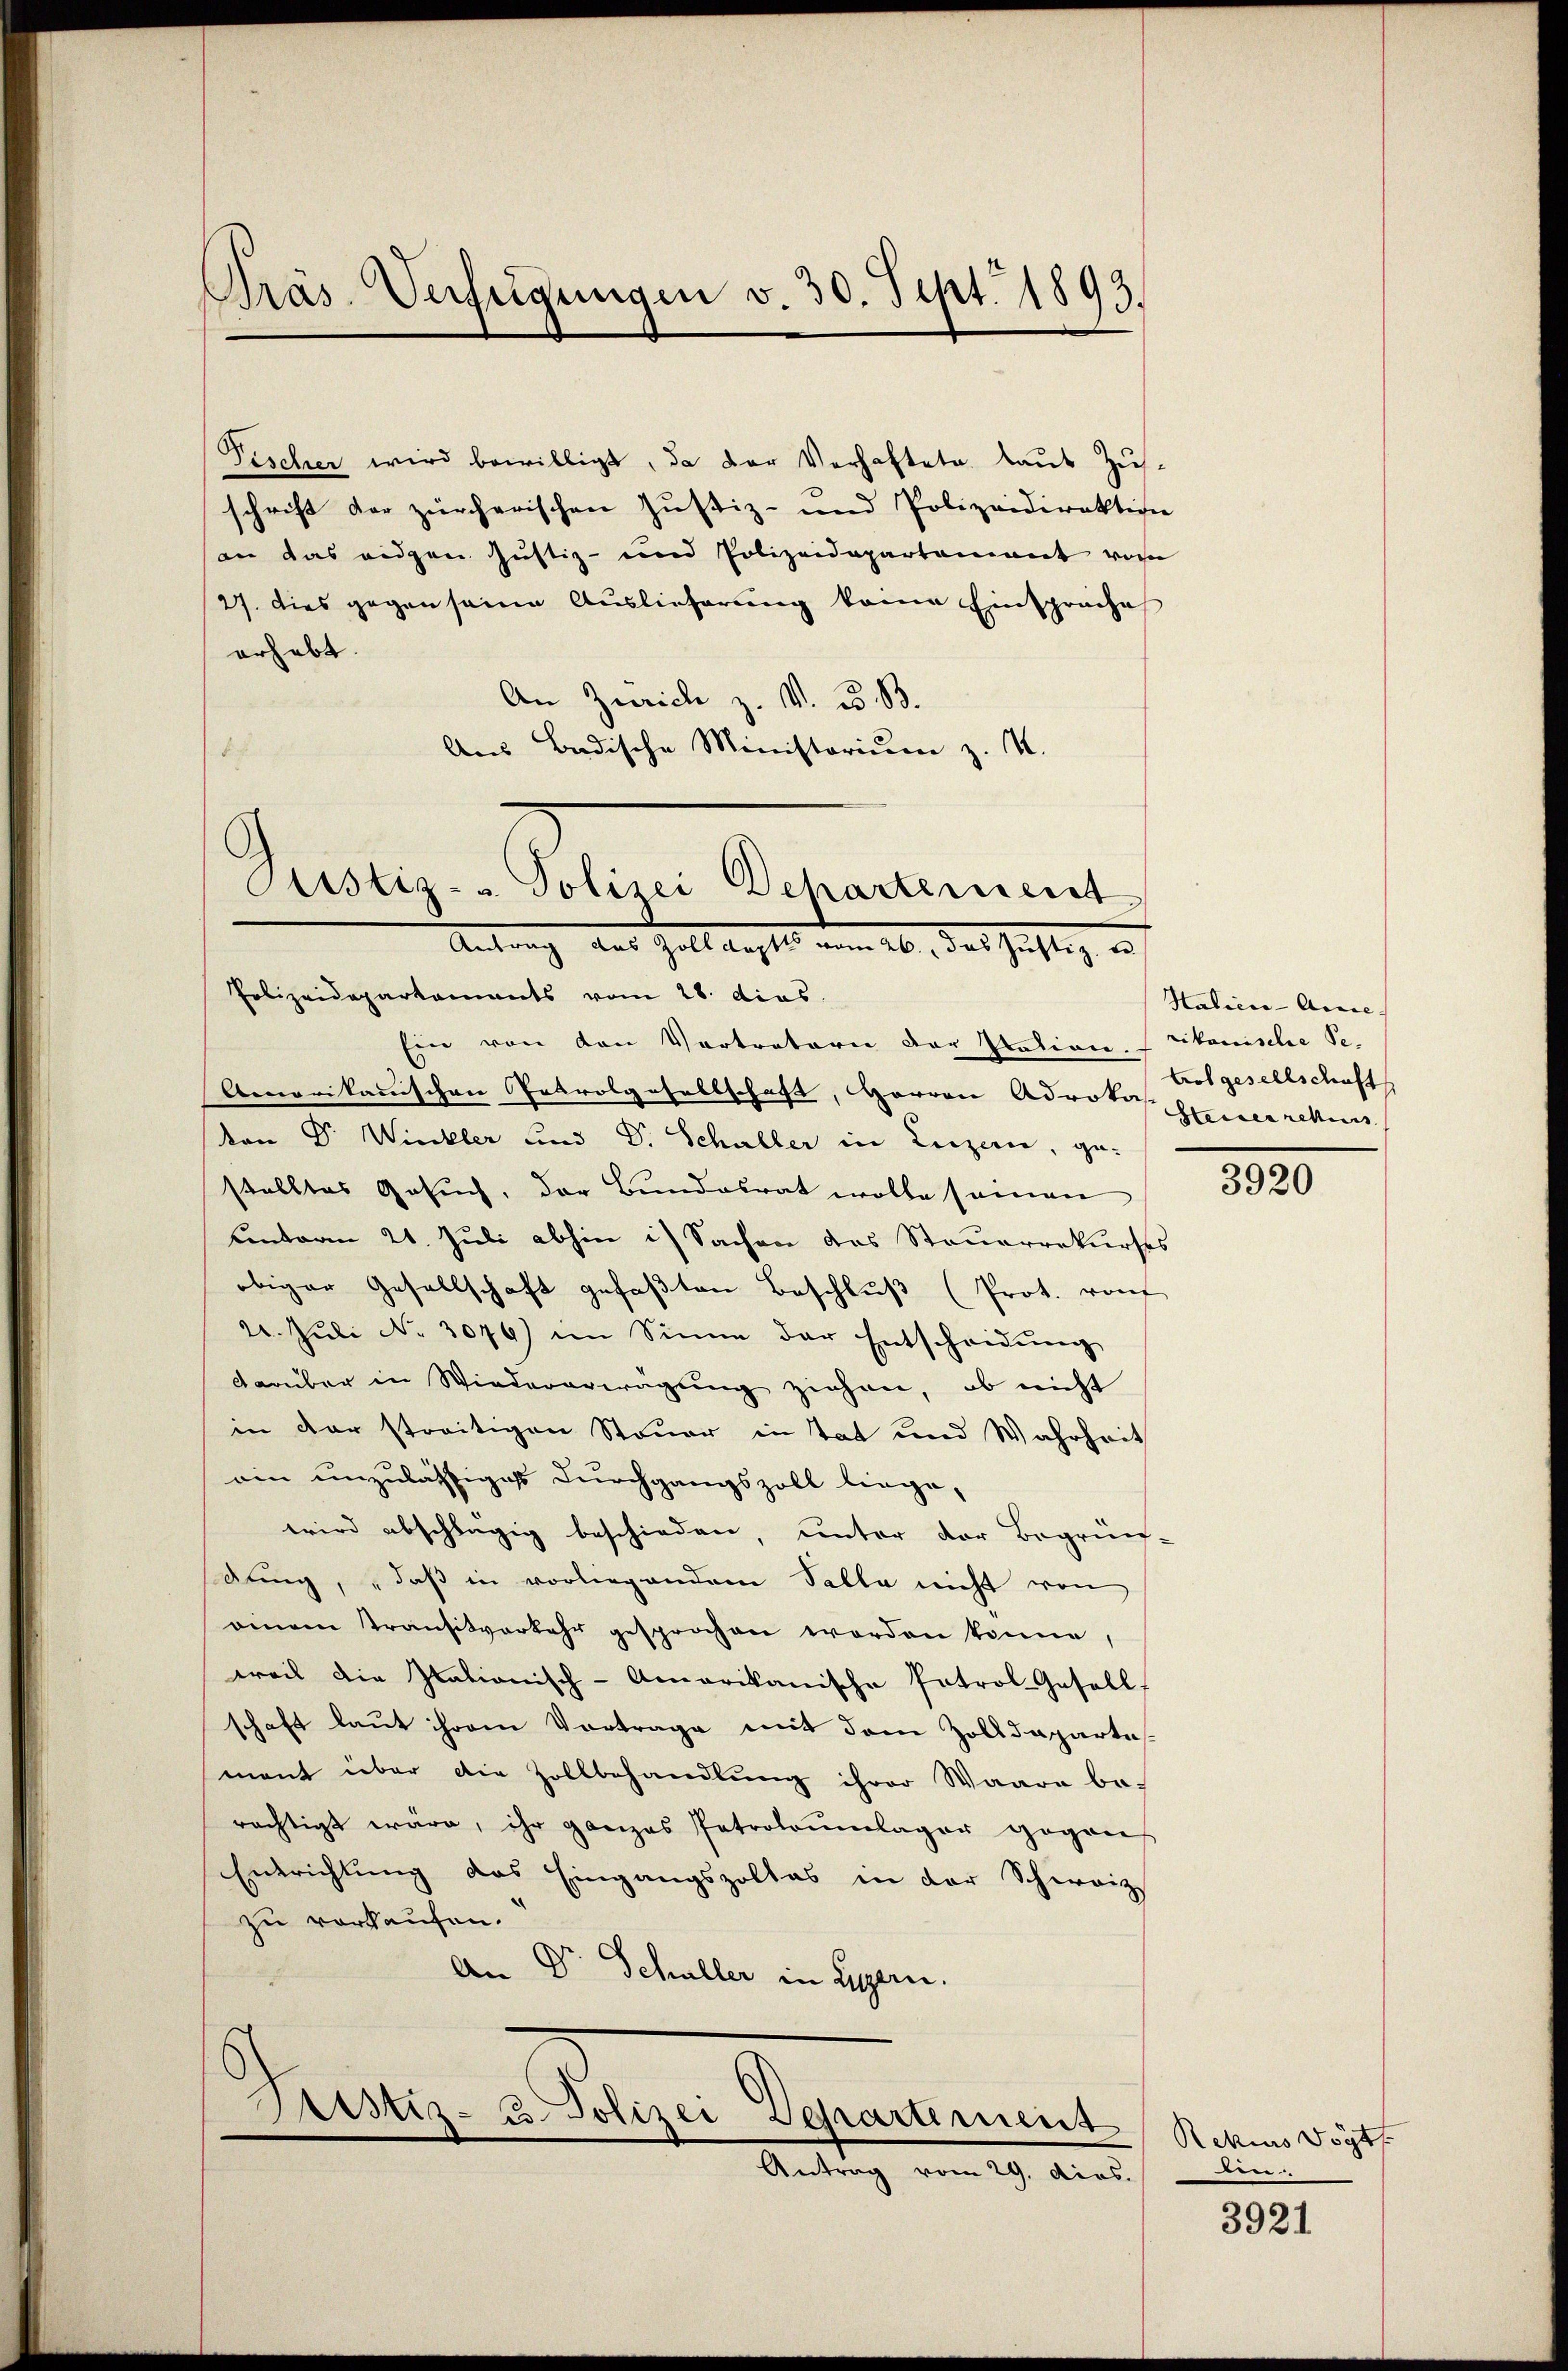
Gras Verfügungen v. 30. Sept. 1893.

Fischer wird bewilligt, da der Verhaftete laut Zusschrift der zürcherischen Justiz- und Polizeidirektion
an das eidgen Justiz- und Polizeidepartement vom
2). Dies gegen seine Auslieferung keine Einsprache
erhebt.
An Zürich z. V. B. B.
Aus Badische Ministorium z. K.
B.

Justiz- & Polizei Departement
Antrag des Halt Rechts vom 20. des Justig u.
Polizeidepartements vom 28. dies

Ein von von Vertretern der Station. Likanische S
Amerikarischen Patrolgesellschaft, Herren Advokaturen relins
von Dr Winkler und Dr. Schuller in Luzern, ge-
stelltes Gesuch, der Bundesrat wolle samen
unterm 21. Juli abhin i) Sachen das Steuerrekurses
obiger Gesellschaft gefaßten Beschluß (Prot. rauf
22. Juli No 3076) im Sinne der Entscheidung
darüber in Wiedererwägung ziehen, ob nicht
in der streitigen Steuer in Tat und Wahrheit
ain unzulässiges durchgangszoll biege,
wird abschlägig beschieden, unter der Begrün-
dung, „daß in vorliegendem Falle nicht von
einem Transitverkehr gesprochen worden könne,
weil die Itationisch-Amerikanische Patrol-Gesell-
schaft laut ihrem Vortrage mit dem Zolldeparte
mant über die Zollbehandlung ihrer Waare be-
rächtigt wäre, ihr ganzes Patroloŭmlager gegens
Entrichtung das Eingangspoltes in der Schweiz
zu vorkaufen.
An Dr. Schuller in Bern.

Arstiz- u Polizei Departement
Antrag vom 29. dios.

Halien-Ausse
trot gesellschaft

3920

Rekurs Vogts
en

3921